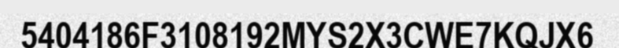
5404186F3108192MYS2X3CWE7KQJX6